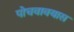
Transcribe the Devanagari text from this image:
पोचवावयास